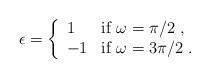
LaTeX: \begin{align*}\epsilon=\left\{\begin{array}{ll} 1&\mbox{if $\omega=\pi/2$}\;,\\-1&\mbox{if $\omega=3\pi/2$}\;.\end{array}\right.\end{align*}